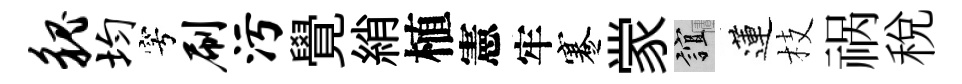
貌均穹刷污覺綃植憲牢蹇䝉誼蓮枝祸稅